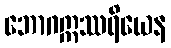
ဘောဂဣဿရိယေန